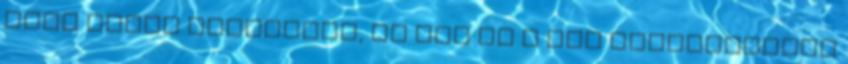
SZVT által készített, az SAP és a Sun Microsystems